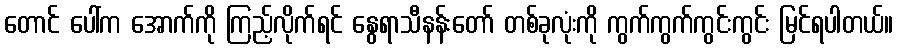
တောင် ပေါ်က အောက်ကို ကြည့်လိုက်ရင် နွေရာသီနန်းတော် တစ်ခုလုံးကို ကွက်ကွက်ကွင်းကွင်း မြင်ရပါတယ်။